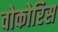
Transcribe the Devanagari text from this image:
वोकोरिस